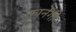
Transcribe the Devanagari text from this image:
कानेंगी